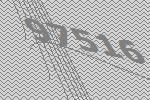
97516